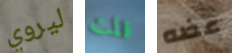
ليروي قلت عضه